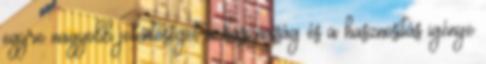
egyre nagyobb jelentőséget a hasznosság és a hasznosítás igénye